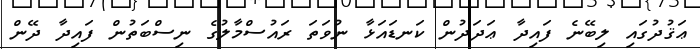
ޢަޤުދުގައި ލިބޭނެ ފައިދާ ޢަދަދުން ކަނޑައަޅާ ނުވަތަ ރައުސްމާލުގެ ނިސްބަތުން ފައިދާ ދޭން